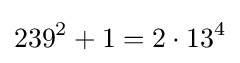
239^{2}+1=2\cdot 13^{4}